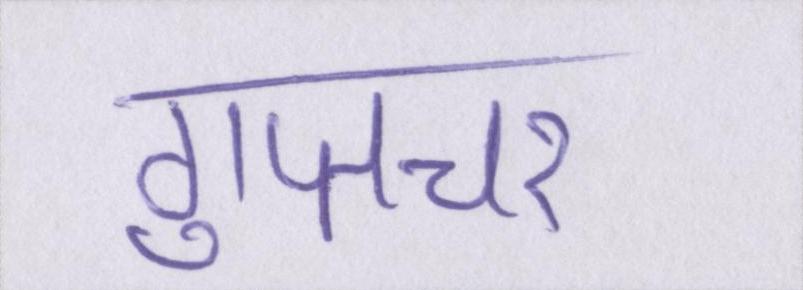
गुप्तचर